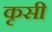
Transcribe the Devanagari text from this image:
कृसी